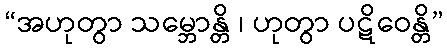
“အဟုတွာ သမ္ဘောန္တိ ၊ ဟုတွာ ပဋိဝေန္တိ”